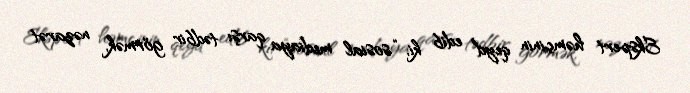
Ekspert həmçinin qeyd edib ki, “sosial mediaya qarşı tədbir görmək, nəzarət